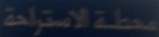
مقطة الاسترخية